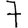
Digit: 7